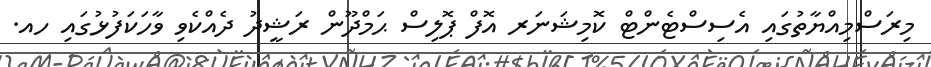
މިރަސްމިއްޔާތުގައި އެސިސްޓެންޓް ކޮމިޝަނަރ އޮފް ޕޮލިސް ޙަމްދޫން ރަޝީދު ދެއްކެވި ވާހަކަފުޅުގައި ހއ.